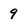
Character: 9